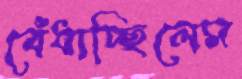
বেঁধাচ্ছিলেম